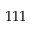
1 1 1